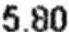
5.80